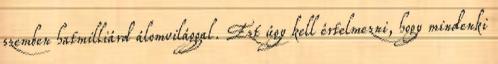
szemben hatmilliárd álomvilággal. Ezt úgy kell értelmezni, hogy mindenki